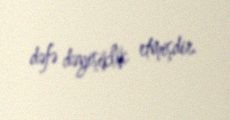
dəfə dəyişiklik etmişdir.